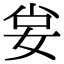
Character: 𡜛